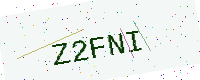
Text: Z2FNI